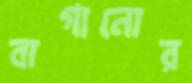
বাগানোর